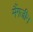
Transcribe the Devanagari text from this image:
मैंगजीन